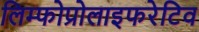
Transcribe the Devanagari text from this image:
लिम्फोप्रोलाइफरेटिव